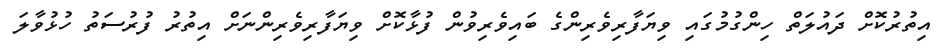
އިތުރުކޮށް ދައުލަތް ހިންގުމުގައި ވިޔަފާރިވެރިންގެ ބައިވެރިވުން ފުޅާކޮށް ވިޔަފާރިވެރިންނަށް އިތުރު ފުރުސަތު ހުޅުވާލަ